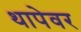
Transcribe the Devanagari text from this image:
थापेवर